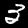
Label: 3